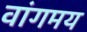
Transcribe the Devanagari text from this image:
वांगमय